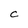
Character: C